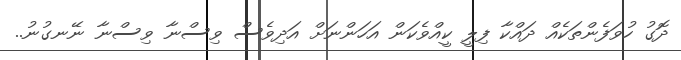
ދޮގު ހުވަފެންތަކެއް ދައްކާ ފިލީ ކީއްވެކަން އަހަންނަށް އަދިވެސް ވިސްނާ ވިސްނާ ނޭނގުނު..